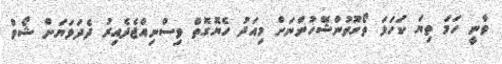
ވާނީ ހަމަ ތިޔަ ކަހަލަ ތޯގޫތުންޝޭހުންނަށް މިއަދު ހެޔޮގޮތް ވިސްނިއްޖެދެއިރު ދެދަޅަޔަށް ޝޯވް